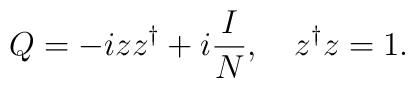
Q=-iz z^\dagger+i\frac{I}{N},\quad z^\dagger z=1.